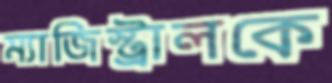
ম্যাজিস্ট্রালকে